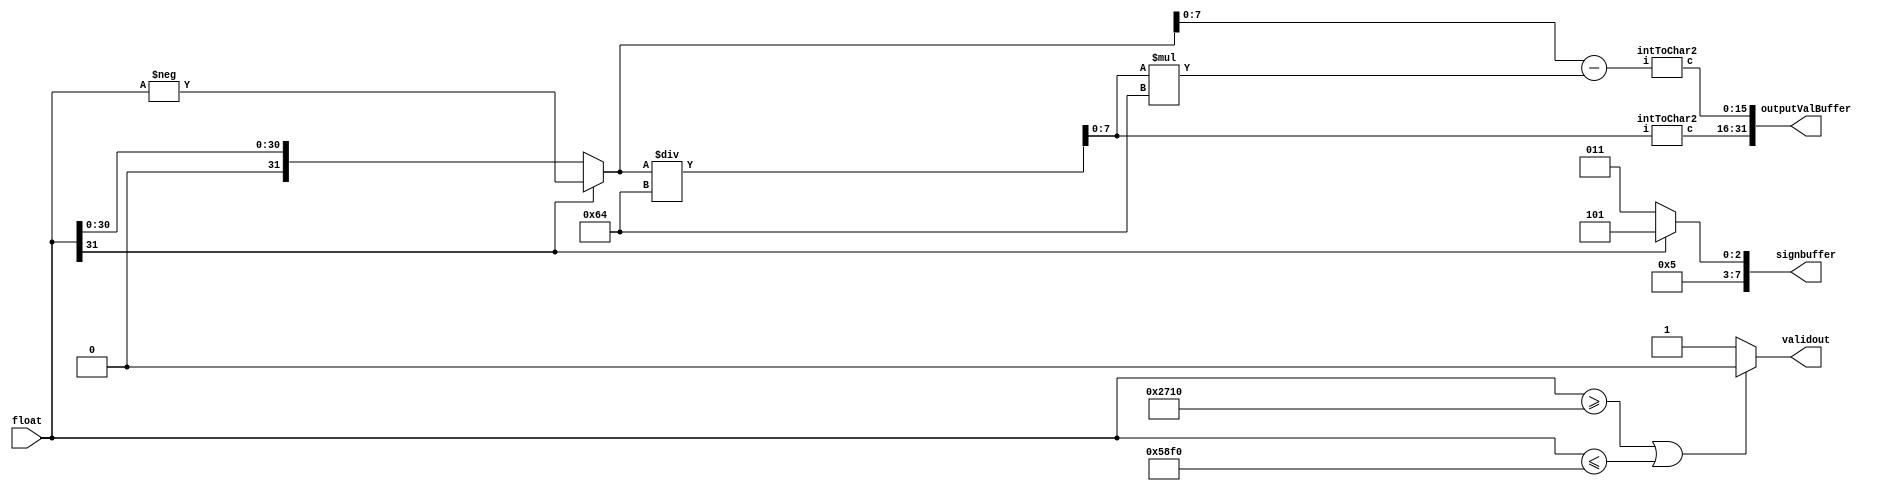
`timescale 1ns / 1ps
//////////////////////////////////////////////////////////////////////////////////
// Company: 
// Engineer: 
// 
// Design Name: 
// Module Name: intToStr
// Project Name: 
// Target Devices: 
// Tool Versions: 
// Description: 
// 
// Dependencies: 
// 
// Revision:
// Revision 0.01 - File Created
// Additional Comments:
// 
//////////////////////////////////////////////////////////////////////////////////

module intToStr(
    input signed [31:0]  float,
    output       [7:0]   signbuffer,
    output       [31:0]  outputValBuffer,
    output reg           validout
    );
    
    reg signed  [31:0]  f;
    reg signed  [7:0]   a1,a2;
    wire        [15:0]  o1,o2;
    wire                negative;
    
    assign negative         = float[31];
    assign signbuffer       = (negative)? 8'h2D: 8'h2B;
    assign outputValBuffer  = {o1,o2};

    intToChar2 i2c1(a1, o1);
    intToChar2 i2c2(a2, o2);
    
    always @(float) begin
        f = float;
        if(negative) f = -float;
        
        a1 = f/100; f = f-a1*100;
        a2 = f;
        if(float>=10000 || float<=-10000) validout = 0;
        else validout = 1;
    end
endmodule

module intToChar2(input [7:0] i, output [15:0] c);
    reg [7:0] a;
    reg [3:0] i1,i2;
    
    intToChar i2c1(i1, c[15:8]);
    intToChar i2c2(i2, c[7:0]);
    
    always @(i) begin
        a = i;
        i1 = a/10;
        i2 = a-i1*10;
    end
endmodule

module intToChar(input [3:0] f, output reg [7:0] c);
    always @(f)
        case(f)
            0: c = 8'h30;
            1: c = 8'h31;
            2: c = 8'h32;
            3: c = 8'h33;
            4: c = 8'h34;
            5: c = 8'h35;
            6: c = 8'h36;
            7: c = 8'h37;
            8: c = 8'h38;
            9: c = 8'h39;
        endcase
endmodule